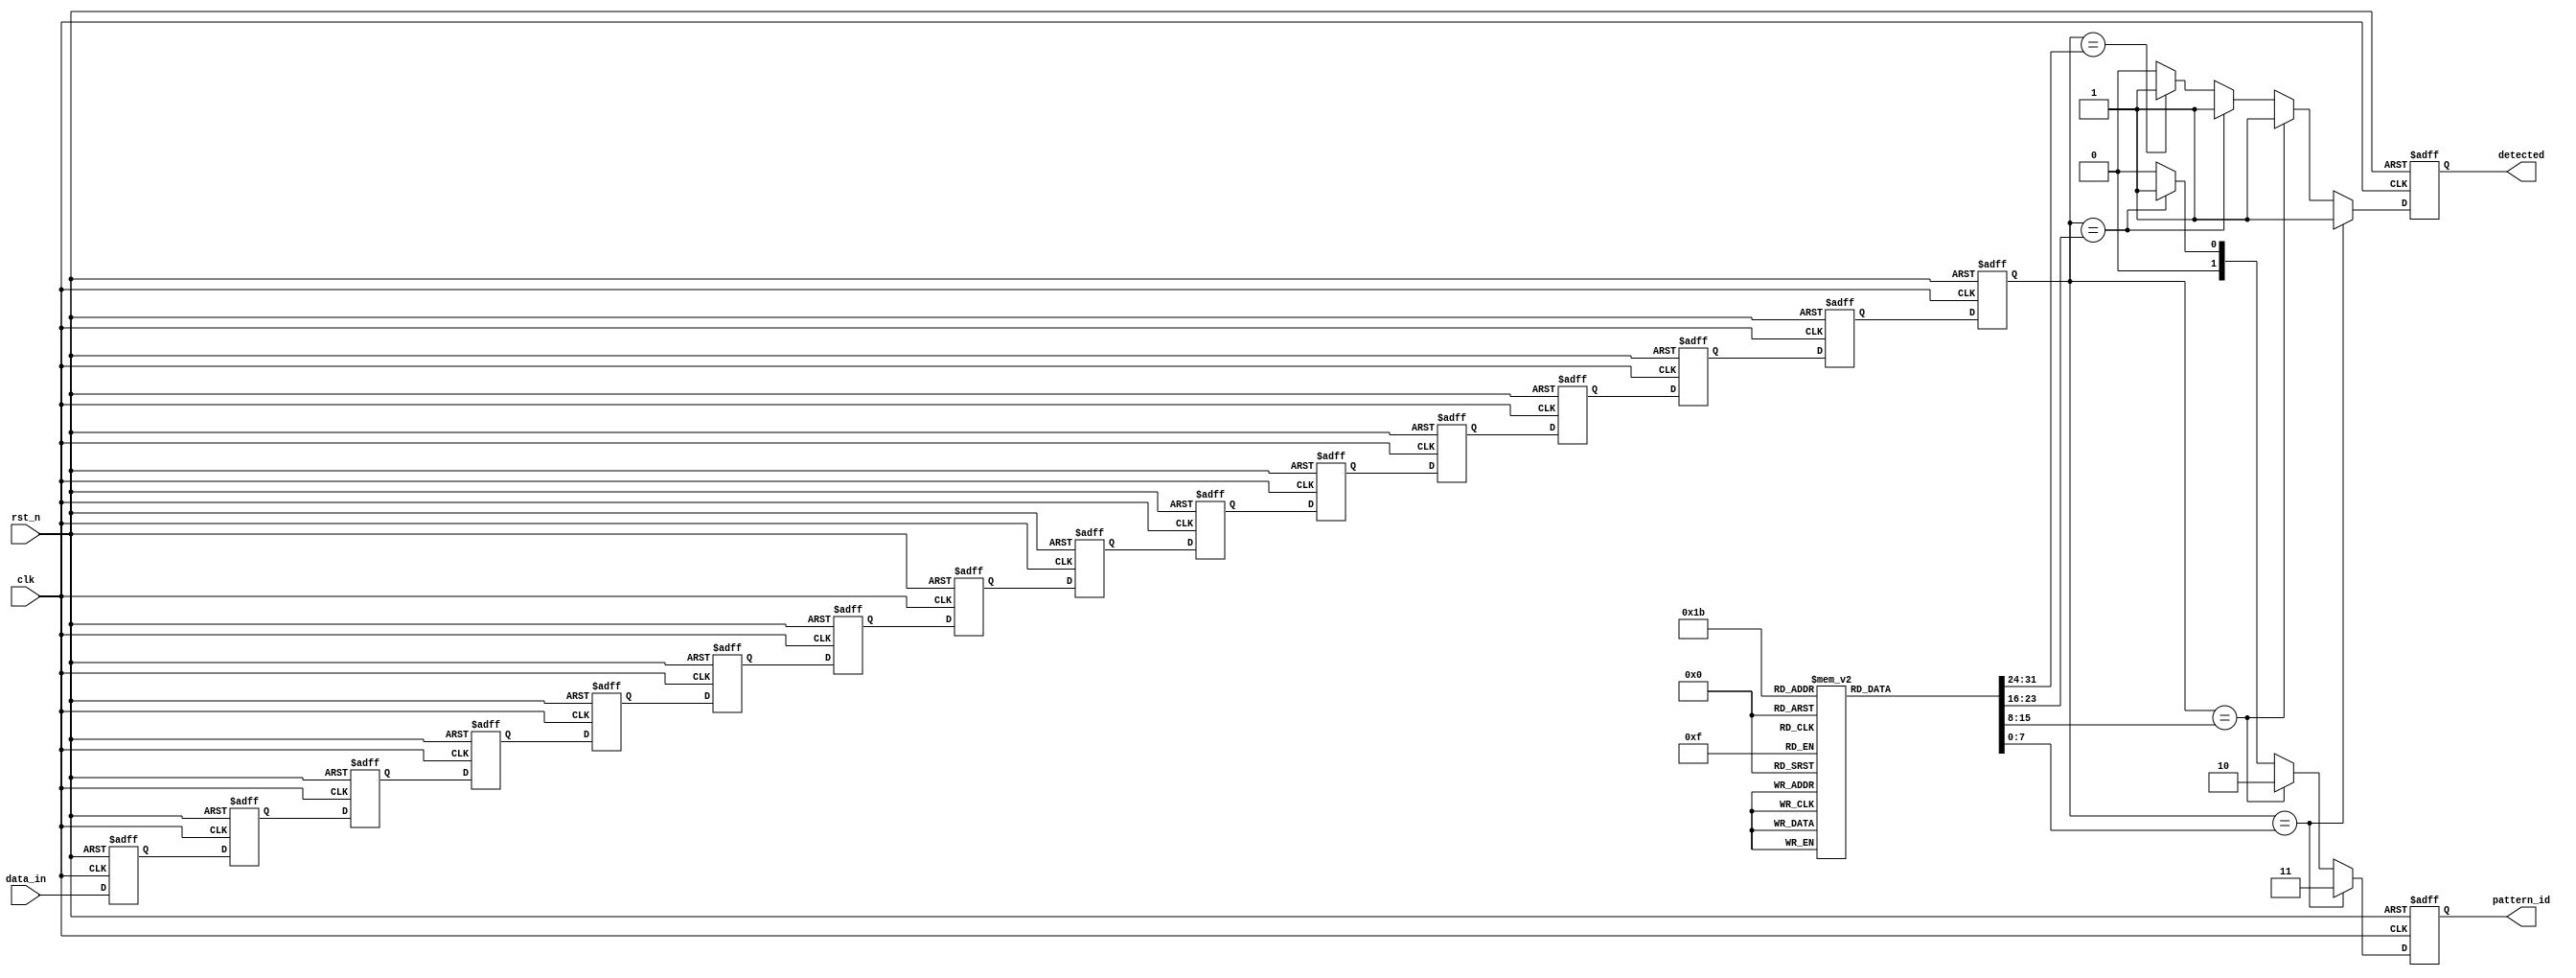
module MemoryBlocksSamplingDelayLineDetector #(
    parameter DATA_WIDTH = 8,        // Width of the input data
    parameter DELAY_LINE_DEPTH = 16,  // Depth of the delay line
    parameter PATTERN_WIDTH = 8,      // Width of the reference pattern
    parameter NUM_PATTERNS = 4        // Number of reference patterns
)(
    input wire clk,                   // Sampling clock
    input wire rst_n,                 // Active low reset
    input wire [DATA_WIDTH-1:0] data_in, // Input signal
    output reg detected,              // Detection output signal
    output reg [1:0] pattern_id       // Detected pattern identifier
);

    // Memory blocks for reference patterns
    reg [PATTERN_WIDTH-1:0] reference_patterns [0:NUM_PATTERNS-1];

    // Delay line to store sampled values
    reg [DATA_WIDTH-1:0] delay_line [0:DELAY_LINE_DEPTH-1];

    // Internal signals
    integer i;
    reg [DATA_WIDTH-1:0] current_sample;

    // Initialize reference patterns (can be modified as needed)
    initial begin
        reference_patterns[0] = 8'b10101010; // Example pattern 1
        reference_patterns[1] = 8'b11001100; // Example pattern 2
        reference_patterns[2] = 8'b11110000; // Example pattern 3
        reference_patterns[3] = 8'b00001111; // Example pattern 4
    end

    // Sampling mechanism
    always @(posedge clk or negedge rst_n) begin
        if (!rst_n) begin
            // Reset delay line and detection output
            for (i = 0; i < DELAY_LINE_DEPTH; i = i + 1) begin
                delay_line[i] <= 0;
            end
            detected <= 0;
            pattern_id <= 0;
        end else begin
            // Shift the delay line
            for (i = DELAY_LINE_DEPTH-1; i > 0; i = i - 1) begin
                delay_line[i] <= delay_line[i-1];
            end
            // Capture the current sample
            delay_line[0] <= data_in;

            // Check for detection
            detected <= 0; // Reset detection flag
            pattern_id <= 0; // Reset pattern ID
            for (i = 0; i < NUM_PATTERNS; i = i + 1) begin
                if (delay_line[DELAY_LINE_DEPTH-1] == reference_patterns[i]) begin
                    detected <= 1; // Pattern detected
                    pattern_id <= i; // Store the pattern ID
                end
            end
        end
    end

endmodule